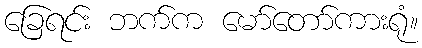
ခြေရင်း ဘက်က မော်တော်ကားရုံ။